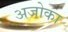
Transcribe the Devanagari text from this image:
अजोका